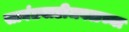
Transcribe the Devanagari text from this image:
सावंतवाडीजवळच्या